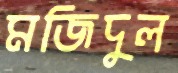
মজিদুল